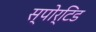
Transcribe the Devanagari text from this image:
स्पोर्टिड